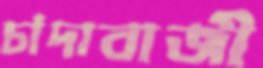
চাঁদাবাজী